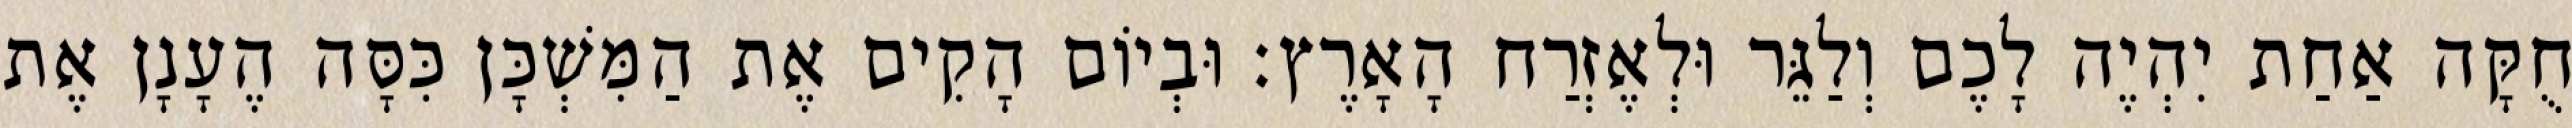
חֻקָּה אַחַת יִהְיֶה לָכֶם וְלַגֵּר וּלְאֶזְרַח הָאָרֶץ׃ וּבְיוֹם הָקִים אֶת הַמִּשְׁכָּן כִּסָּה הֶעָנָן אֶת